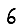
Digit: 6